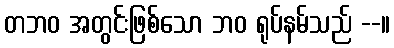
တဘဝ အတွင်းဖြစ်သော ဘဝ ရုပ်နမ်သည် --။